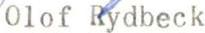
Olof Rydbeck